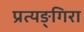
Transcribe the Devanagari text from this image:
प्रत्यङ्गिरा